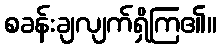
စခန်းချလျက်ရှိကြ၏။